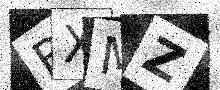
Text: BXMZ